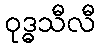
ဝုဒ္ဓသီလီ